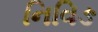
નિવિઙ